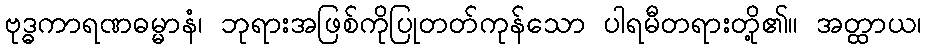
ဗုဒ္ဓကာရဏဓမ္မာနံ၊ ဘုရားအဖြစ်ကိုပြုတတ်ကုန်သော ပါရမီတရားတို့၏။ အတ္ထာယ၊